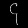
Digit: ၄